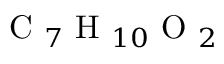
\mathrm { ~ C ~ } _ { 7 } \mathrm { ~ H ~ } _ { 1 0 } \mathrm { ~ O ~ } _ { 2 }